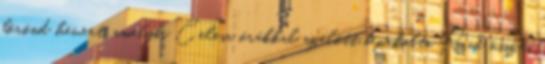
bőrönd hevert, amelybe Celesa órákkal azelőtt bepakolta Rad összes